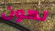
تكون